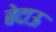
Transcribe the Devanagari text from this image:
बेदाऊ